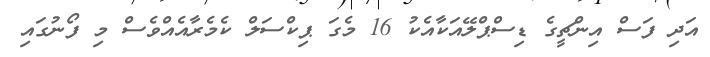
އަދި ފަސް އިންޗީގެ ޑިސްޕްލޭއަކާއެކު 16 މެގަ ޕިކްސަލް ކެމެރާއެއްވެސް މި ފޯނުގައި